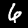
Digit: 6